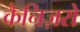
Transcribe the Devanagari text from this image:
कैनिज़रो